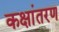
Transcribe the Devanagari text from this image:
कक्षांतरण